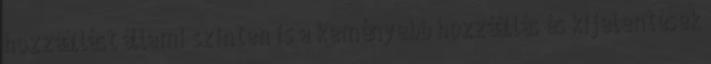
hozzáállást állami szinten is a keményebb hozzáállás és kijelentések